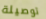
توصيلة